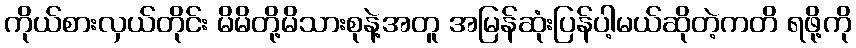
ကိုယ်စားလှယ်တိုင်း မိမိတို့မိသားစုနဲ့အတူ အမြန်ဆုံးပြန်ပါ့မယ်ဆိုတဲ့ကတိ ရဖို့ကို